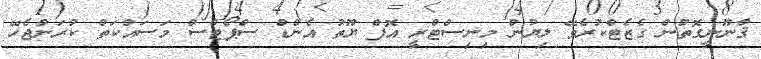
ޤާނޫނީގޮތުން ގެޒެޓްކުރެވޭ ލިޔުން މިނިސްޓްރީ އޮފް ޔޫތު އެންޑް ސްޕޯޓްސް މަސައްކަތް ކުރަންޖެހޭ